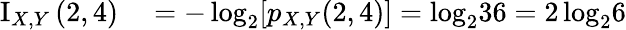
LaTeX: \begin{array}{rl}{\operatorname{I}_{X,Y}{(2,4)}}&{{}=-\log_{2}\! {\left[p_{X,Y}{(2,4)}\right]}=\log_{2}\! {36}=2\log_{2}\! {6}}\end{array}